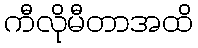
ကီလိုမီတာအထိ